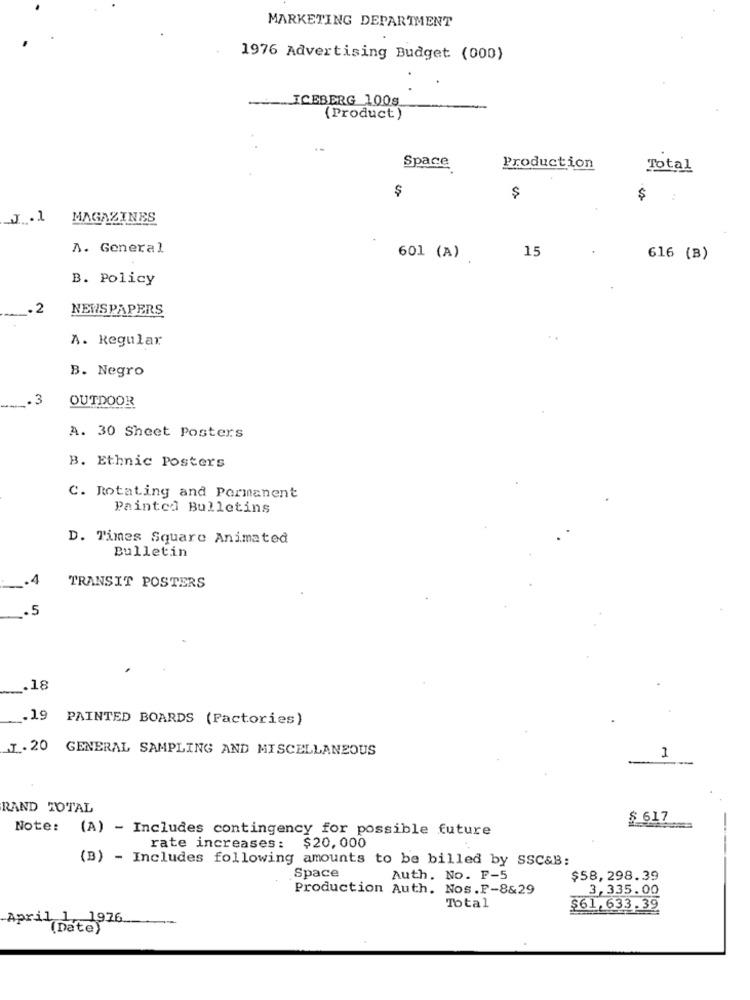
MARKETING DEPARTMENT
1976 Advertising Budget (000)
ICEBERG 100s
-
(Product)
Space
Production
Total
$
$
$
J.1
MAGAZINES
A. General
15
601 (A)
616 (B)
B. Policy
.2
NEWSPAPERS
A. Regular
B. Negro
.. 3
OUTDOOR
A. 30 Sheet Posters
B. Ethnic Posters
C. Rotating and Permanent
Painted Bulletins
D. Times Square Animated
Bulletin
.4
TRANSIT POSTERS
.5
_. 18
.19
PAINTED BOARDS (Factories)
.T . 20
GENERAL SAMPLING AND MISCELLANEOUS
1
RAND TOTAL
$ 617
Note: (A) - Includes contingency for possible future
rate increases: $20,000
(B) - Includes following amounts to be billed by SSC&B:
Space
Auth. No. F-5
$58,298.39
Production Auth. Nos.F-8&29
3,335.00
Total
$61,633.39
April 1, 1976
(Date)